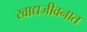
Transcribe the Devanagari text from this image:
खाद्यजीवनात